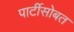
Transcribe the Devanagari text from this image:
पार्टीसोबत